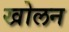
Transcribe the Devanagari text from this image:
खोलन